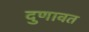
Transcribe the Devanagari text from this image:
दुणावत